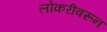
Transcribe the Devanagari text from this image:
लोकरीवरून